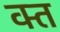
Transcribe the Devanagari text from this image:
क्‍त